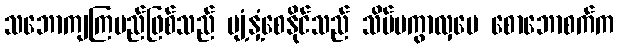
သဘောကျကြမည်ဖြစ်သည် ပျံ့နှံ့စေနိုင်သည် သိပ်မကွာလှပေ စောဘောစက်က